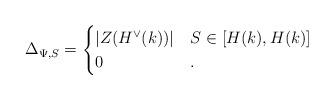
LaTeX: \begin{align*}\Delta_{\Psi, S} = \begin{cases} |Z(H^\vee(k))| & S\in [H(k), H(k)]\\0 & .\end{cases}\end{align*}